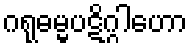
ဂရုဓမ္မပဋိဂ္ဂါဟော